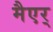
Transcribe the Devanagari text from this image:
मैएर्